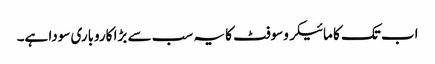
اب تک کا مائیکروسوفٹ کا یہ سب سے بڑا کاروباری سودا ہے۔